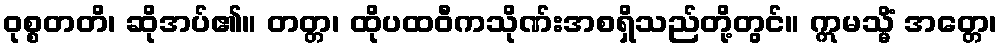
ဝုစ္စတတိ၊ ဆိုအပ်၏။ တတ္တ၊ ထိုပထဝီကသိုဏ်းအစရှိသည်တို့တွင်။ ဣမသ္မိံ အတ္တေ၊